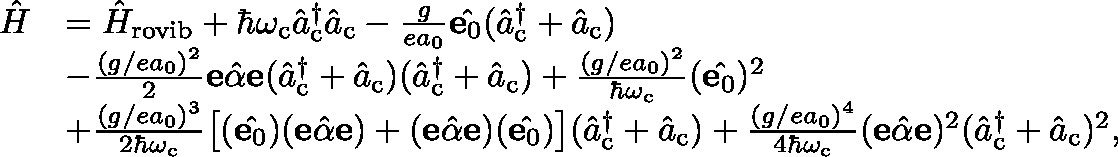
\begin{array} { r l } { \hat { H } } & { = \hat { H } _ { \mathrm { r o v i b } } + \hbar \omega _ { \mathrm { c } } \hat { a } _ { \mathrm { c } } ^ { \dagger } \hat { a } _ { \mathrm { c } } - \frac { g } { e a _ { 0 } } \mathbf { e } \hat { \mathbf { \upmu } } _ { 0 } ( \hat { a } _ { \mathrm { c } } ^ { \dagger } + \hat { a } _ { \mathrm { c } } ) } \\ & { - \frac { ( g / e a _ { 0 } ) ^ { 2 } } { 2 } \mathbf { e } \hat { \mathbf { \alpha } } \mathbf { e } ( \hat { a } _ { \mathrm { c } } ^ { \dagger } + \hat { a } _ { \mathrm { c } } ) ( \hat { a } _ { \mathrm { c } } ^ { \dagger } + \hat { a } _ { \mathrm { c } } ) + \frac { ( g / e a _ { 0 } ) ^ { 2 } } { \hbar \omega _ { \mathrm { c } } } ( \mathbf { e } \hat { \mathbf { \upmu } } _ { 0 } ) ^ { 2 } } \\ & { + \frac { ( g / e a _ { 0 } ) ^ { 3 } } { 2 \hbar \omega _ { \mathrm { c } } } \big [ ( \mathbf { e } \hat { \mathbf { \upmu } } _ { 0 } ) ( \mathbf { e } \hat { \mathbf { \alpha } } \mathbf { e } ) + ( \mathbf { e } \hat { \mathbf { \alpha } } \mathbf { e } ) ( \mathbf { e } \hat { \mathbf { \upmu } } _ { 0 } ) \big ] ( \hat { a } _ { \mathrm { c } } ^ { \dagger } + \hat { a } _ { \mathrm { c } } ) + \frac { ( g / e a _ { 0 } ) ^ { 4 } } { 4 \hbar \omega _ { \mathrm { c } } } ( \mathbf { e } \hat { \mathbf { \alpha } } \mathbf { e } ) ^ { 2 } ( \hat { a } _ { \mathrm { c } } ^ { \dagger } + \hat { a } _ { \mathrm { c } } ) ^ { 2 } , } \end{array}